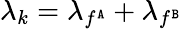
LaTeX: \lambda_{k}=\lambda_{f^{\tt A}}+\lambda_{f^{\tt B}}